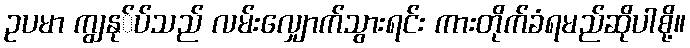
ဥပမာ ကျွနု်ပ်သည် လမ်းလျှောက်သွားရင်း ကားတိုက်ခံရမည်ဆိုပါစို့။